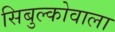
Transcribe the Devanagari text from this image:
सिबुल्कोवाला